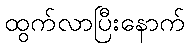
ထွက်လာပြီးနောက်